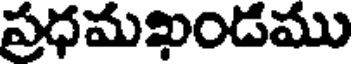
ప్రధమఖండము